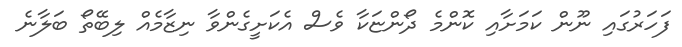
ފަހަރުގައި ނޫން ކަަމަށާއި ކޮންމެ ދޯންޏަކާ ވެސް އެކަށީގެންވާ ނިޒާމެއް ލިބޭތޯ ބަލާނެ